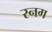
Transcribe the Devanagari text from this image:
स्नग